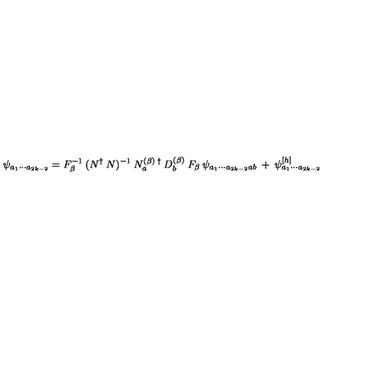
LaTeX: \psi _ { a _ { 1 } \cdots a _ { 2 k - 2 } } = F _ { \beta } ^ { - 1 } \: ( N ^ { \dagger } \: N ) ^ { - 1 } \: N _ { a } ^ { ( \beta ) \: \dagger } \: D _ { b } ^ { ( \beta ) } \: F _ { \beta } \: \psi _ { a _ { 1 } \cdots a _ { 2 k - 2 } a b } \: + \: \psi _ { a _ { 1 } \cdots a _ { 2 k - 2 } } ^ { [ h ] }